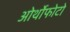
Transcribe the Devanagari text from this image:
ओर्थोफोटो